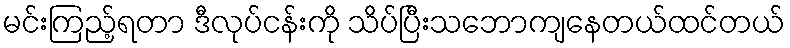
မင်းကြည့်ရတာ ဒီလုပ်ငန်းကို သိပ်ပြီးသဘောကျနေတယ်ထင်တယ်